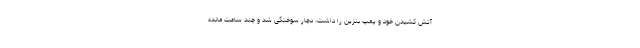
آتش کشیدن خود و پمپ بنزین را داشت، دچار سوختگی شد و چند ساعت مانده